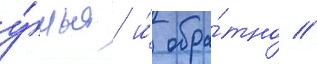
у́лья и́ обра́тно //